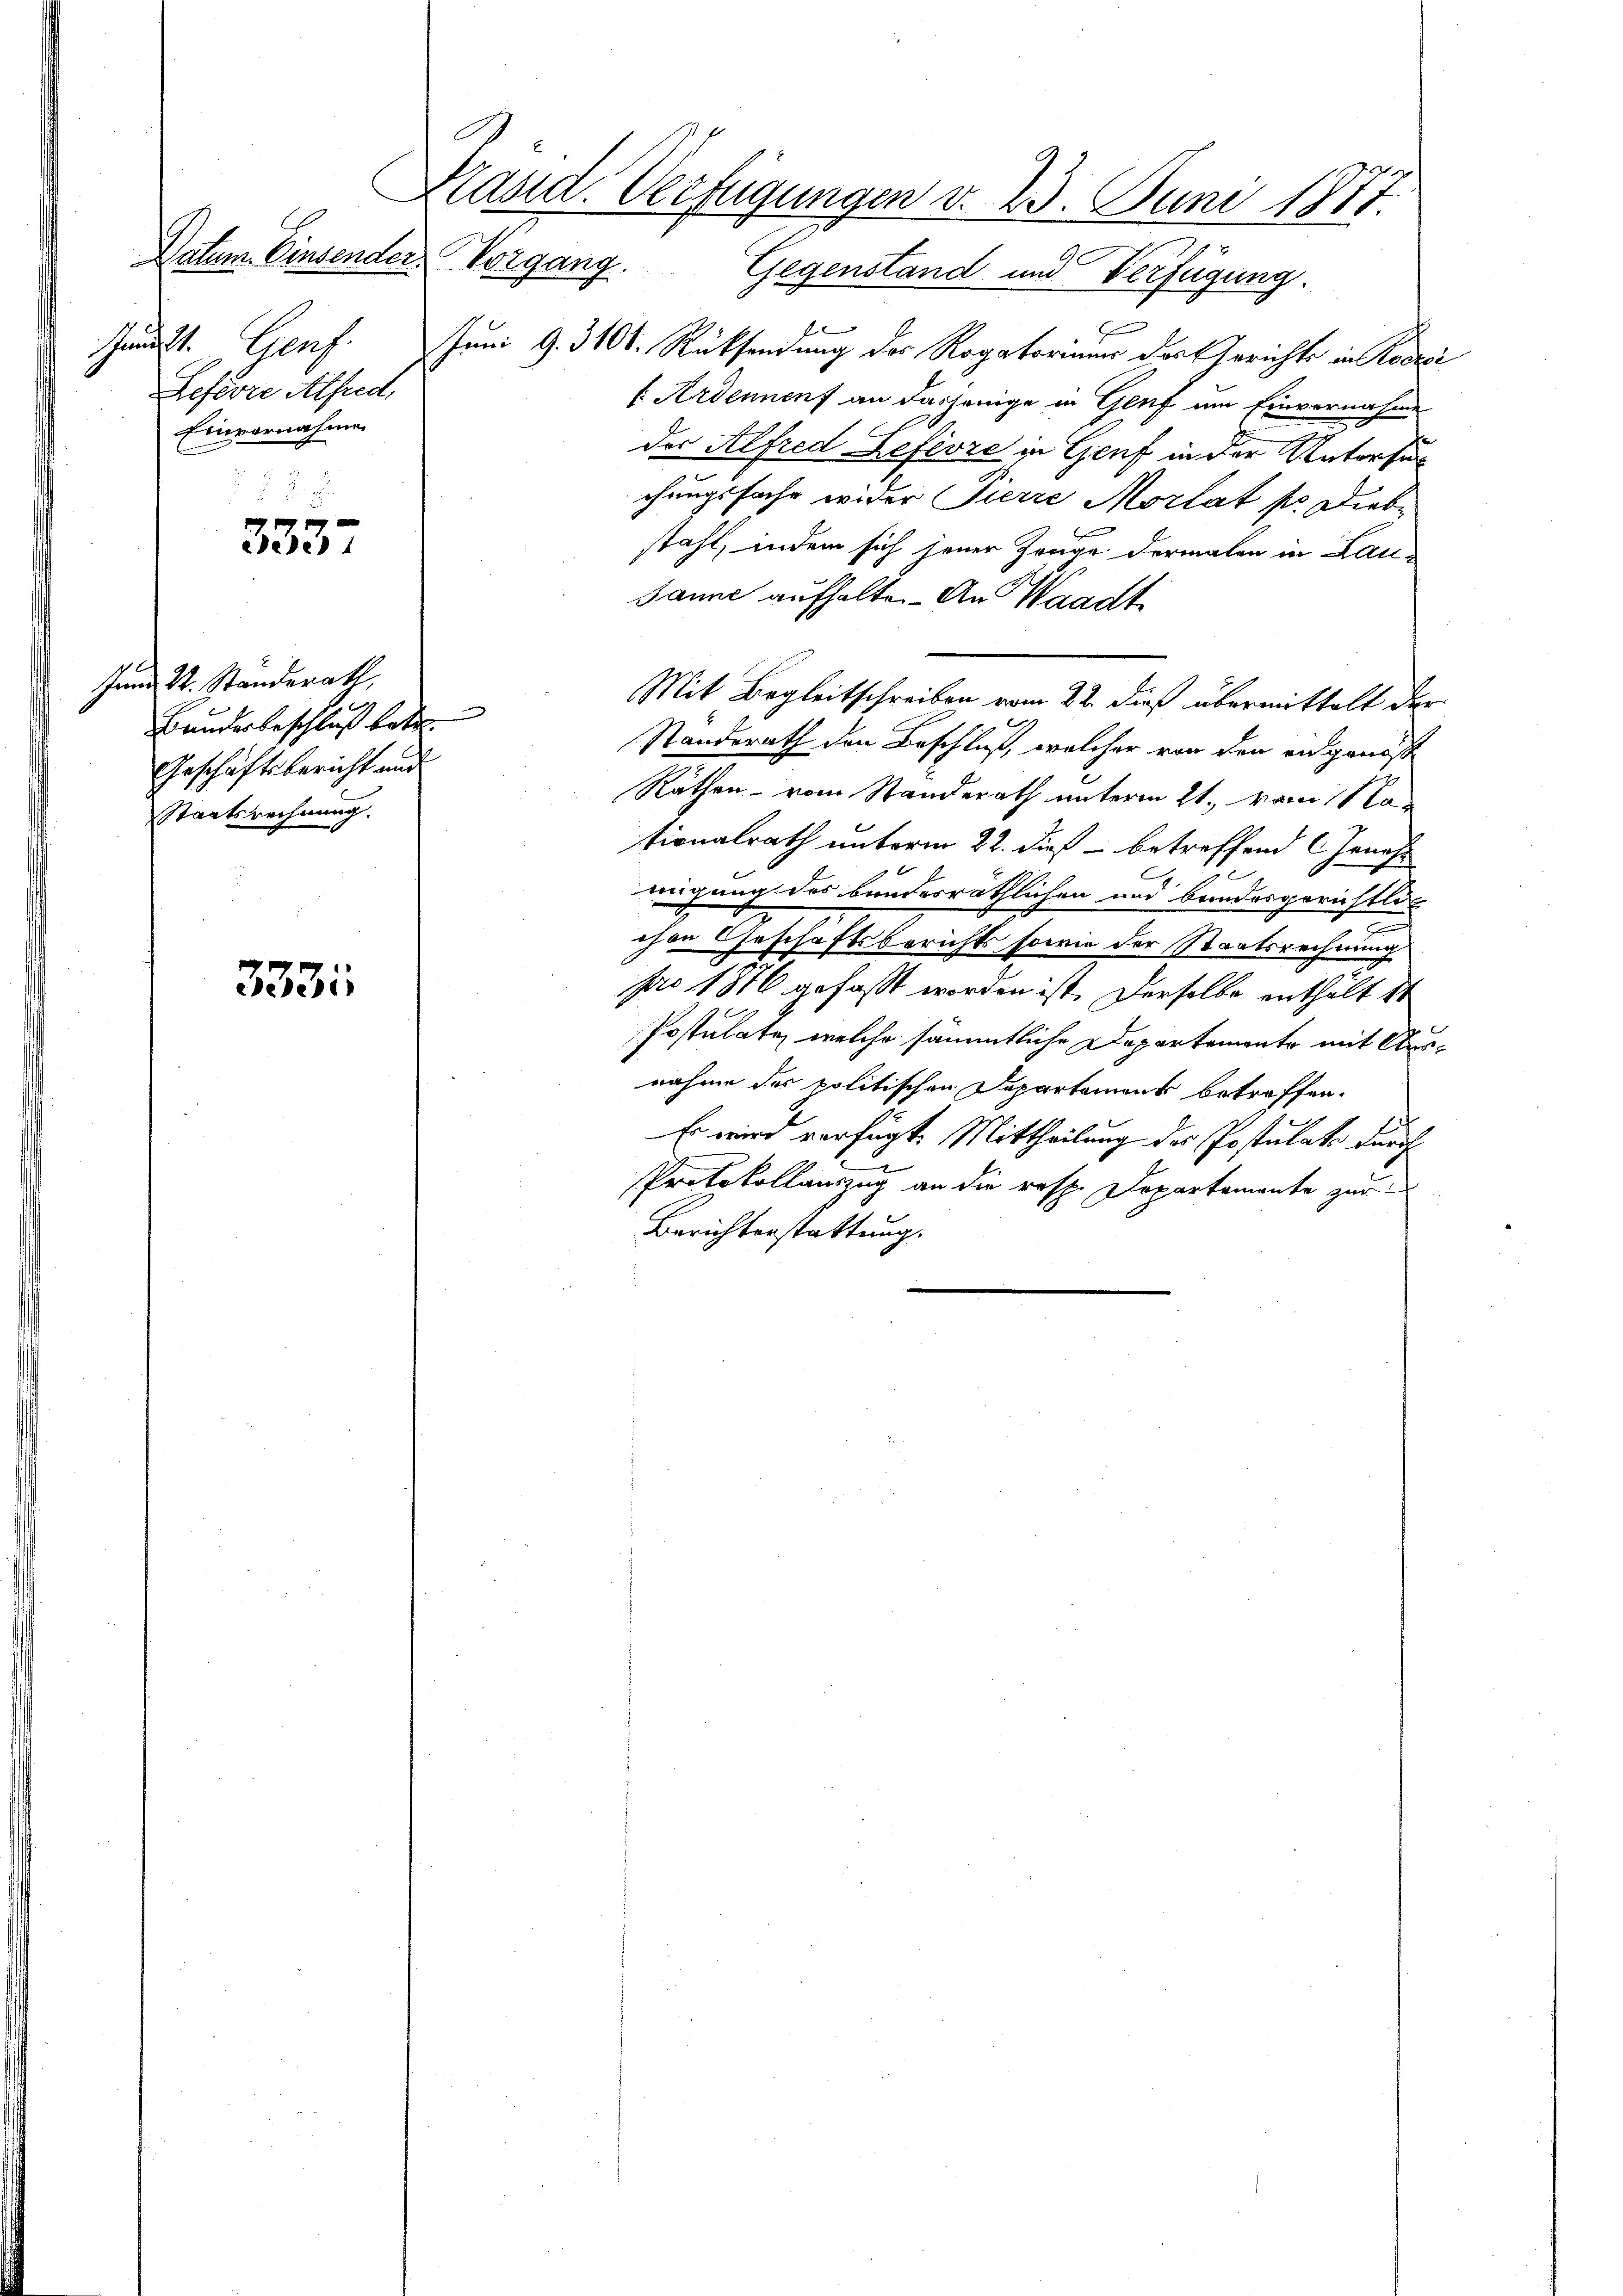
Galt. Genf.
Lefevre Alfred,
Einvernahme

333

333

Innd St. Standerath,
Bunderbeschluß betr.
Geschäftsbericht und
Staatsrechnung.

Kläsid. Verfügungen d. 23. Juni 1877.
Datum. Einsender Vorgang. Gegenstand und Verfügung.

E
f
Juni G. 3100. Rücksendung des Rogatoriums der Gerichts in Kodici
 Ardenenf an dasjenige in Genf um Einvernahme
der Alfred Lefevre in Genf in der Untersuc
chungsfache wider Pierre Morlat pr. Diebstahl, indem sich jener Zeuge dermalen in Lau¬
Janne aufhalten. An Waadt

Standerath den Beschluß, welcher von den angensst
Räthen - vom Standerath unterm 21. vom 11te
tionalrath unterm 22. dieß betreffend Genehmigung des bundesräthlichen und brindesgerichtlich
chen Geschäftsberichts sowie der Staatsrechnung
pro 1876 gefaßt worden ist. Derselbe enthält 10
Postulate, welche sämmtliche Departemente mit Ausnahme des politischen Departement betroffen.
Es wird verfügt. Mittheilung des Postulate durch
weren
Protokollauszug an die resp. Departemente zur
Berichterstattung.

Mit Begleitschreiben vom 22. dieß übermittelt der